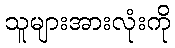
သူများအားလုံးကို